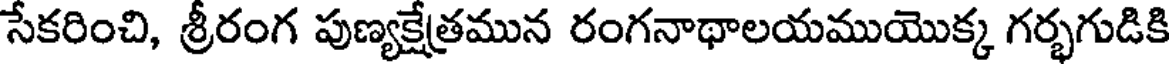
సేకరించి, శ్రీరంగ పుణ్యక్షేత్రమున రంగనాథాలయముయొక్క గర్భగుడికి